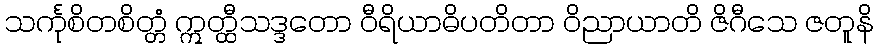
သင်္ကုစိတစိတ္တံ ဣတ္ထီသဒ္ဒတော ဝီရိယာဓိပတိတာ ဝိညာယာတိ ဇိဂီသေ ဇတူနိ